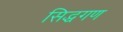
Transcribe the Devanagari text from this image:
सिद्धगण